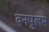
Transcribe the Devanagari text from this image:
वनपुलम